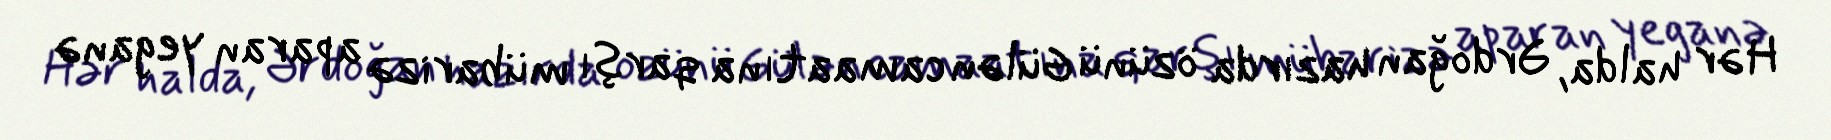
Hər halda, Ərdoğan hazırda özünü Gülən camaatına qarşı mübarizə aparan yeganə